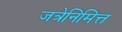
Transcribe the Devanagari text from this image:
जत्रेनिमित्त